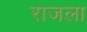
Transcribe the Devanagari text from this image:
राजला